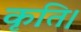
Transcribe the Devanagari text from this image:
कृति।